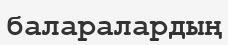
баларалардың